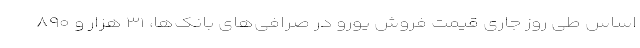
اساس طی روز جاری قیمت فروش یورو در صرافی‌های بانک‌ها، ۳۱ هزار و ۸۹۰